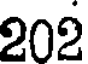
202